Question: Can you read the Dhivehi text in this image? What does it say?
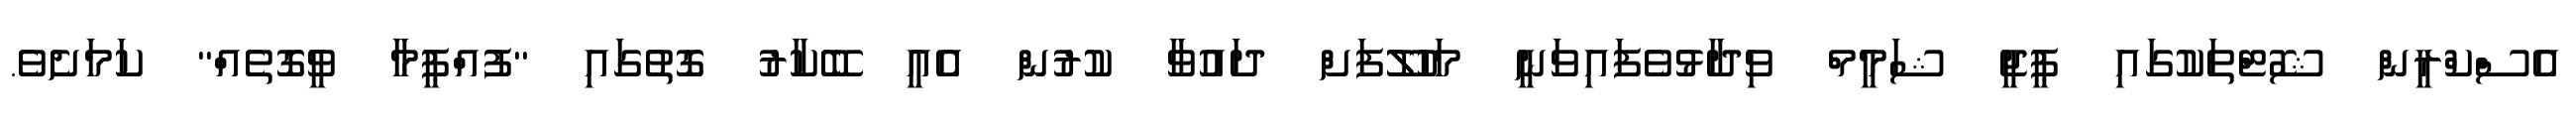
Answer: އެސްކްރީން ޝޮޓްތަކުގައި ޕީޖީ ޝަމީމް ވިދާޅުވެފައިވަނީ މަހުލޫފަށް ދައުވާ ކުރުން އެއީ ބޭކާރު ގޮތުގައި "ފުއްޕީމާ ވީގޮތެއް" ކަމަށެވެ.